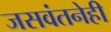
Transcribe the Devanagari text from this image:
जसवंतनेही